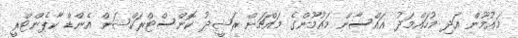
މައުމޫން އަދި މުހައްމަދު ޣައްސާން މައުމޫންގެ މައްޗަށް ރަޝީދު ކޮންސްޓްރަކްޝަން އެންޑް ކާޕެންޓްރީ